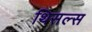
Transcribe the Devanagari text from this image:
थिसल्स